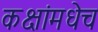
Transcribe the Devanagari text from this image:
कक्षांमधेच